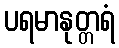
ပရမာနုတ္တရံ